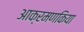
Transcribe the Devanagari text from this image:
आक्रमणकिया